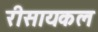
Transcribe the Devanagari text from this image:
रीसायकल